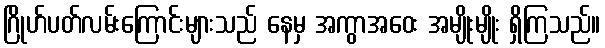
ဂြိုဟ်ပတ်လမ်းကြောင်းများသည် နေမှ အကွာအဝေး အမျိုးမျိုး ရှိကြသည်။